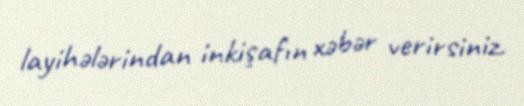
layihələrindan inkişafın xəbər verirsiniz.